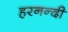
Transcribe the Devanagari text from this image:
हरनन्दी